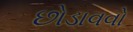
છોડાવવો